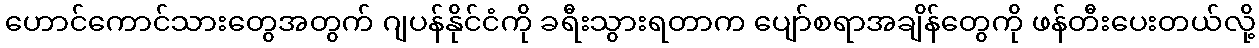
ဟောင်ကောင်သားတွေအတွက် ဂျပန်နိုင်ငံကို ခရီးသွားရတာက ပျော်စရာအချိန်တွေကို ဖန်တီးပေးတယ်လို့